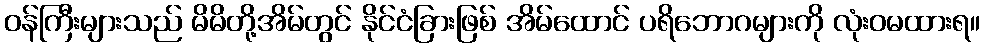
ဝန်ကြီးများသည် မိမိတို့အိမ်တွင် နိုင်ငံခြားဖြစ် အိမ်ထောင် ပရိဘောဂများကို လုံးဝမထားရ။